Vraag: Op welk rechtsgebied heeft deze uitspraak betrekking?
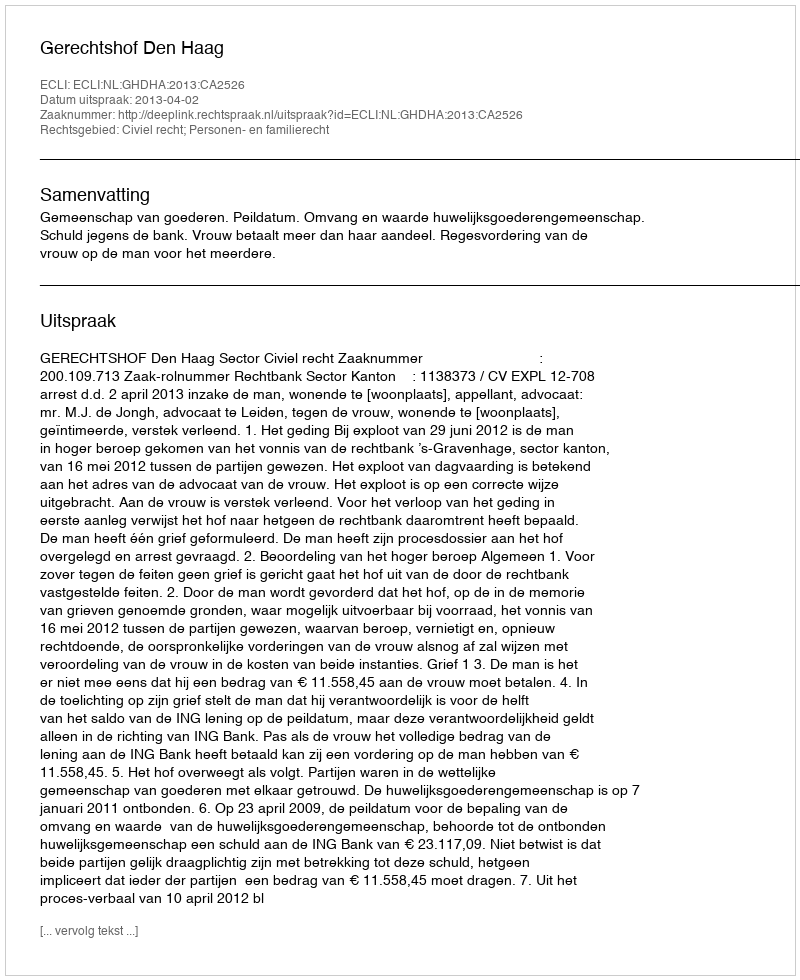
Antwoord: Civiel recht; Personen- en familierecht